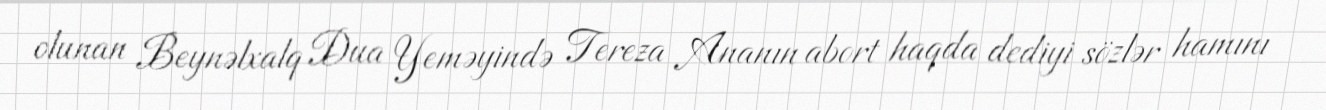
olunan Beynəlxalq Dua Yeməyində Tereza Ananın abort haqda dediyi sözlər hamını